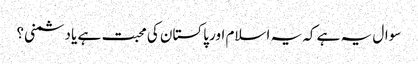
سوال یہ ہے کہ یہ اسلام اور پاکستان کی محبت ہے یا دشمنی؟